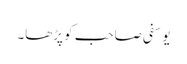
یوسفی صاحب کو پڑھا۔